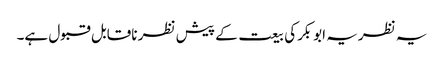
یہ نظریہ ابوبکرکی بیعت کے پیش نظر ناقابل قبول ہے۔